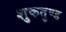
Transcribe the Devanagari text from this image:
शुकतुण्ड